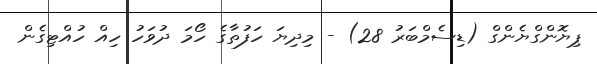
ޕިޔޮންގްޔެންގް (ޑިސެމްބަރު 28) - މިދިޔަ ހަފުތާގެ ހޯމަ ދުވަހު ހިއް ހުއްޓިގެން